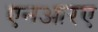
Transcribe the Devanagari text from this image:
एनआरए